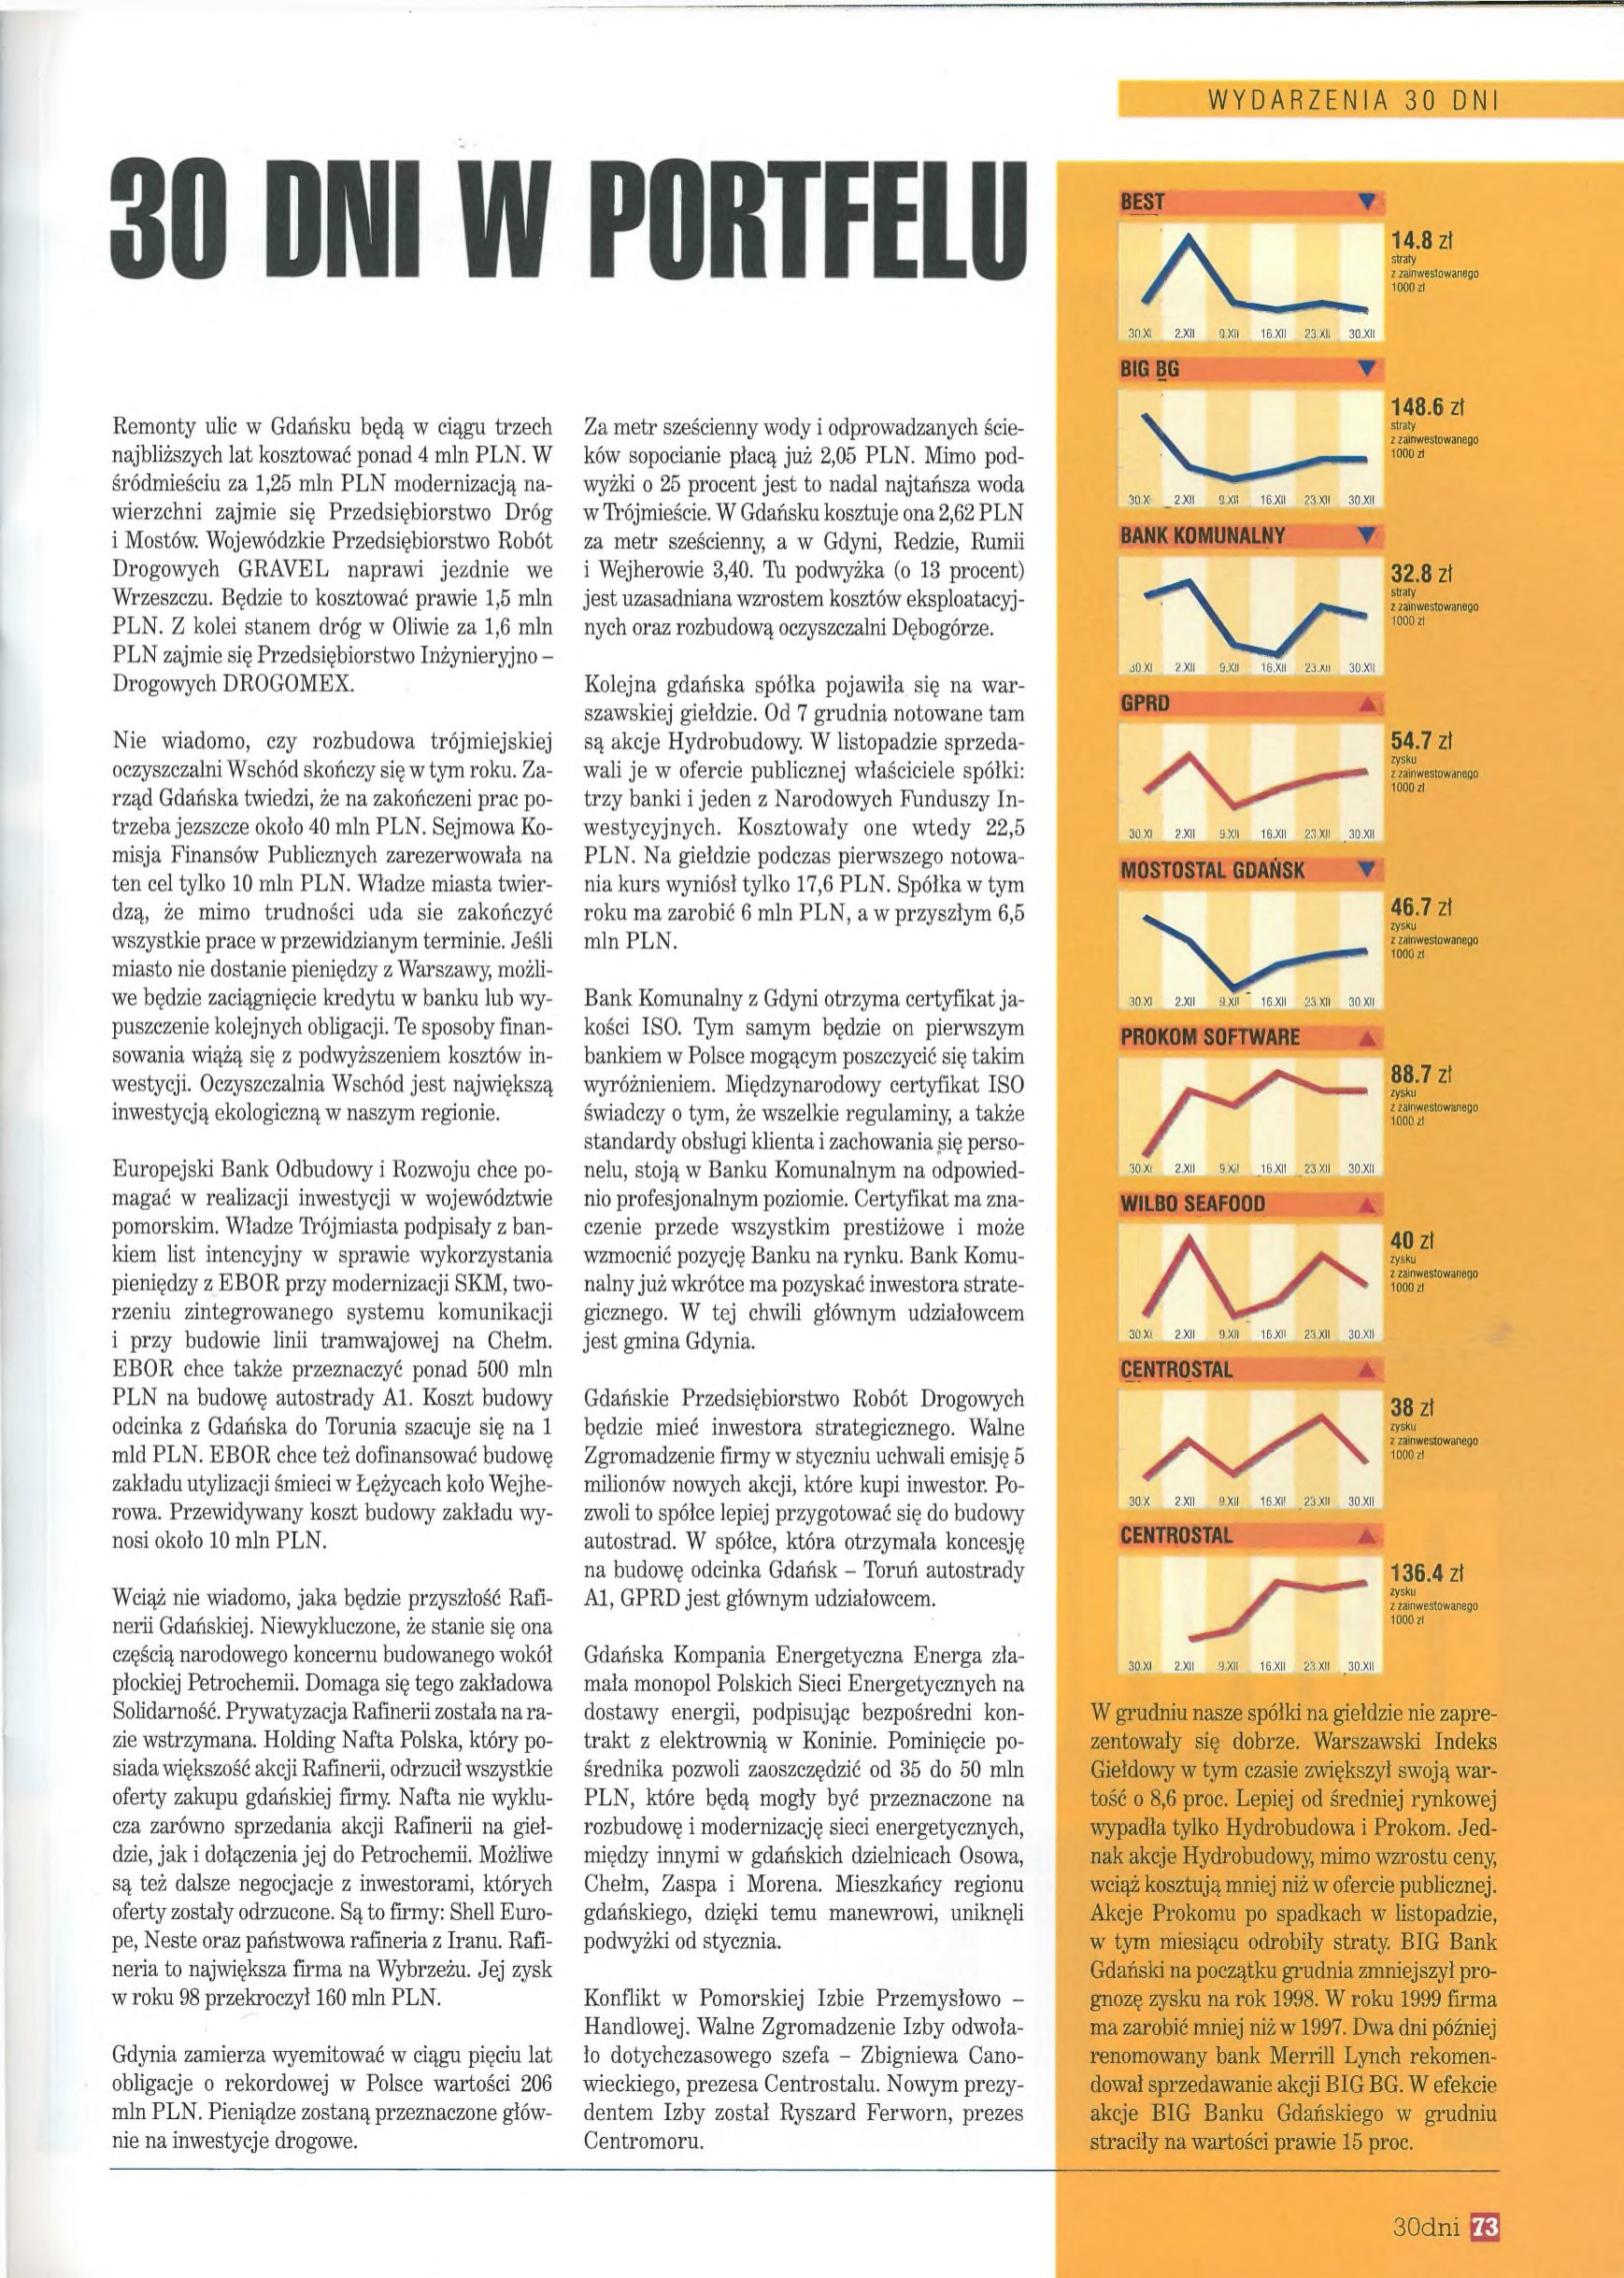
Language: pl